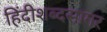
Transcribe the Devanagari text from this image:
हिंदीशब्दसागर